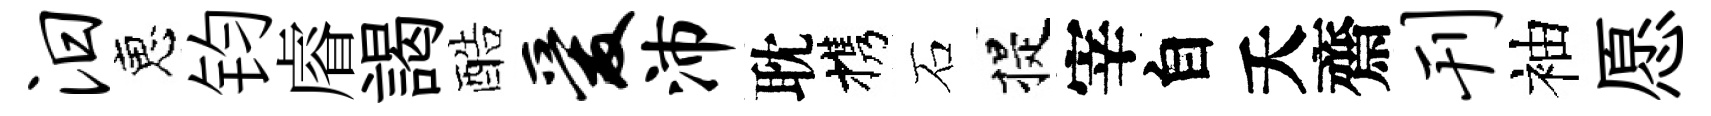
汨恵钧𥈠謁酷爱沛耽携石提宰自夭齋刊袖愿